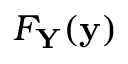
F _ { \mathbf { Y } } ( \mathbf { y } )